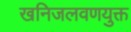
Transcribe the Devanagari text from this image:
खनिजलवणयुक्त